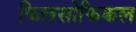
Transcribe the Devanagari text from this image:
फिलसोफिकल